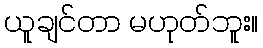
ယူချင်တာ မဟုတ်ဘူး။